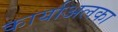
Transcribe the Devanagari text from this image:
कार्याअलका